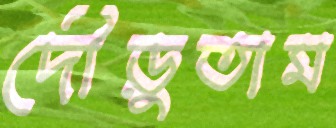
দৌড়ুতাম